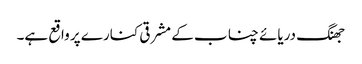
جھنگ دریائے چناب کے مشرقی کنارے پر واقع ہے۔